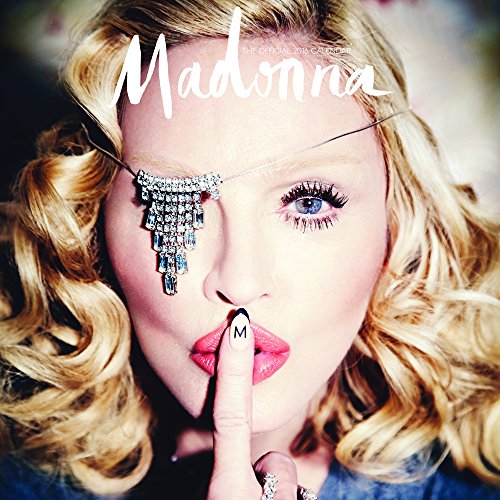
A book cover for Madonna 2016 Square 12x12 Live Nation; Browntrout Publishers; Calendars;